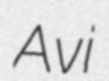
Avi